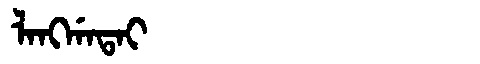
Manchu: ᠯᠠᠩᡤᠠᡨᠠᡳ
Romanization: LANGGATAI